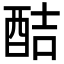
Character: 𮠥